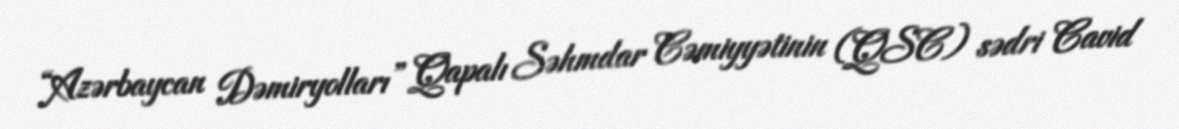
“Azərbaycan Dəmiryolları” Qapalı Səhmdar Cəmiyyətinin (QSC) sədri Cavid